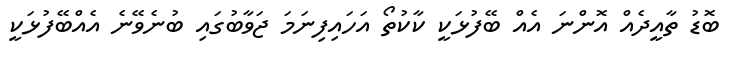
ބޮޑު ތާއީދެއް އޮންނަ އެއް ބޭފުޅަކީ ކާކުތޯ އަހައިފިނަމަ ޖަވާބުގައި ބުނެވޭނެ އެއްބޭފުޅަކީ